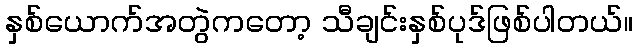
နှစ်ယောက်အတွဲကတော့ သီချင်းနှစ်ပုဒ်ဖြစ်ပါတယ်။